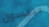
بينسون